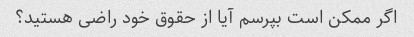
اگر ممکن است بپرسم آیا از حقوق خود راضی هستید؟